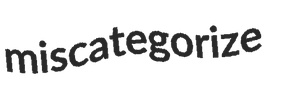
miscategorize